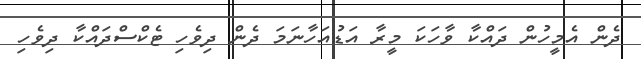
ދެން އެމީހުން ދައްކާ ވާހަކަ މީރާ އަޑުއަހާނަމަ ދެން ދިވެހި ޓެކްސްދައްކާ ދިވެހި